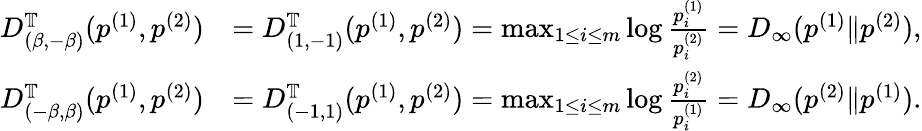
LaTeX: \begin{array}{rl}{D_{(\beta,-\beta)}^{\mathbb T}(p^{(1)},p^{(2)})}&{=D_{(1,-1)}^{\mathbb T}(p^{(1)},p^{(2)})=\operatorname*{max}_{1\leq i\leq m}\log{\frac{p_{i}^{(1)}}{p_{i}^{(2)}}}=D_{\infty}(p^{(1)}\| p^{(2)}),}\\ {D_{(-\beta,\beta)}^{\mathbb T}(p^{(1)},p^{(2)})}&{=D_{(-1,1)}^{\mathbb T}(p^{(1)},p^{(2)})=\operatorname*{max}_{1\leq i\leq m}\log{\frac{p_{i}^{(2)}}{p_{i}^{(1)}}}=D_{\infty}(p^{(2)}\| p^{(1)}).}\end{array}